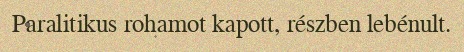
Paralitikus rohamot kapott, részben lebénult.